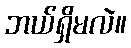
ဘယ်ရှိမလဲ။